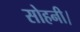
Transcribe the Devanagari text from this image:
सोहनी।